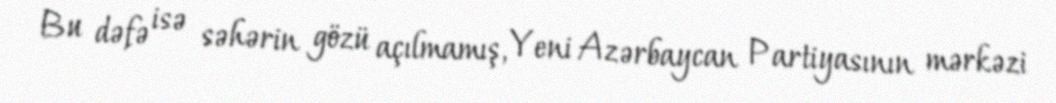
Bu dəfə isə səhərin gözü açılmamış, Yeni Azərbaycan Partiyasının mərkəzi